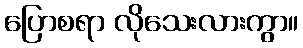
ပြောစရာ လိုသေးလားကွာ။